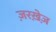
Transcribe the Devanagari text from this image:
ज़रख़ेज़